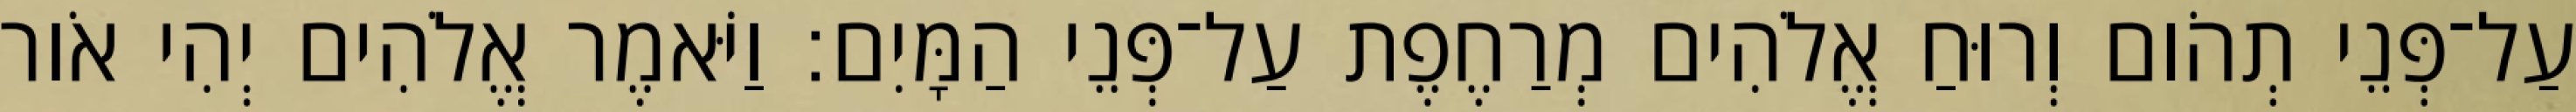
עַל־פְּנֵי תְהֹום וְרוּחַ אֱלֹהִים מְרַחֶפֶת עַל־פְּנֵי הַמָּיִם׃ וַיֹּאמֶר אֱלֹהִים יְהִי אֹור